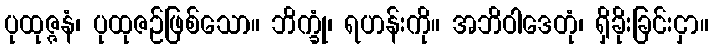
ပုထုဇ္ဇနံ၊ ပုထုဇဉ်ဖြစ်သော။ ဘိက္ခုံ၊ ရဟန်းကို။ အဘိဝါဒေတုံ၊ ရှိခိုးခြင်းငှာ။